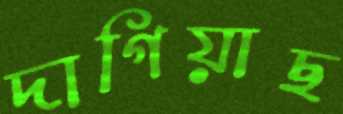
দাগিয়াছ